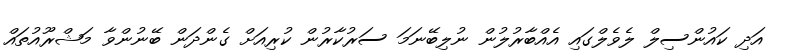
އަދި ކައުންސިލް ލެވެލްގައި އެއްބާރުލުން ނުލިބޭނަމަ ސަރުކާރުން ކުރިއަށް ގެންދަން ބޭނުންވާ މަޝްރޫއުތައް